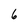
Character: 6